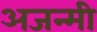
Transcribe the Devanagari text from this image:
अजन्मी